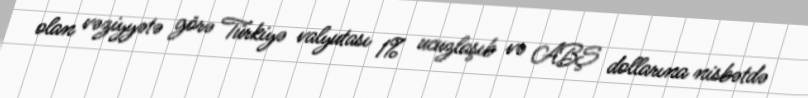
olan vəziyyətə görə Türkiyə valyutası 1% ucuzlaşıb və ABŞ dollarına nisbətdə